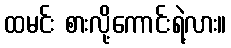
ထမင်း စားလို့ကောင်းရဲ့လား။